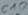
Text: C10